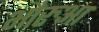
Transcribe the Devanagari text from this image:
भौरुआ